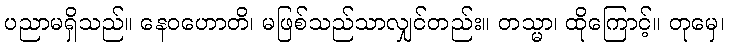
ပညာမရှိသည်။ နေဝဟောတိ၊ မဖြစ်သည်သာလျှင်တည်း။ တသ္မာ၊ ထိုကြောင့်။ တုမှေ၊